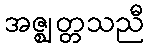
အဇ္ဈတ္တသညီ